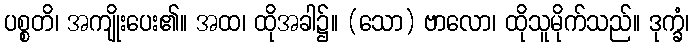
ပစ္စတိ၊ အကျိုးပေး၏။ အထ၊ ထိုအခါ၌။ (သော) ဗာလော၊ ထိုသူမိုက်သည်။ ဒုက္ခံ၊